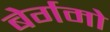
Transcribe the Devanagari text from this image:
बेर्गमो